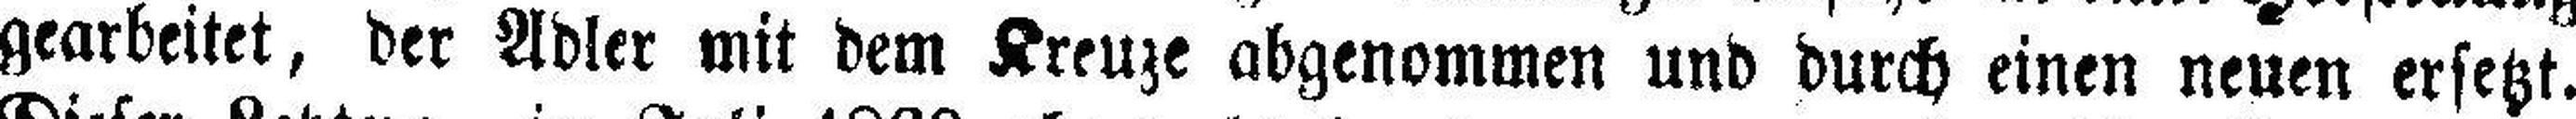
gearbeitet, der Adler mit dem Kreuze abgenommen und durch einen neuen ersetzt.